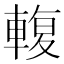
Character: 輹